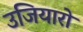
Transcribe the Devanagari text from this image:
उजियारो